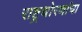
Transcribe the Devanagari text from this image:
राष्ट्रधोरणांचा